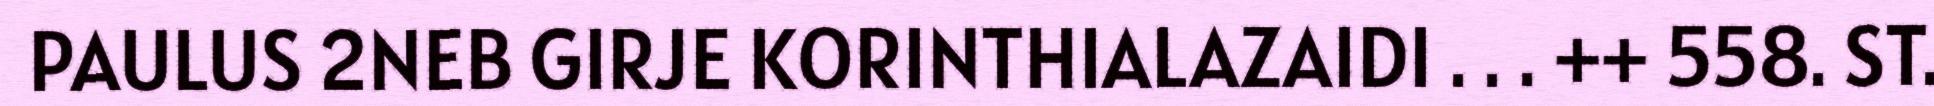
PAULUS 2NEB GIRJE KORINTHIALAZAIDI . . . ++ 558. ST.